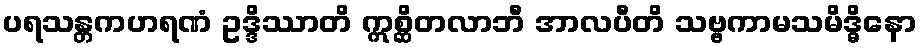
ပရသန္တကဟရဏံ ဥဒ္ဒိဿာတိ ဣစ္ဆိတလာဘီ အာလပီတိ သဗ္ဗကာမသမိဒ္ဓိနော